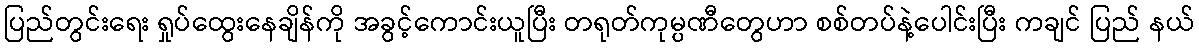
ပြည်တွင်းရေး ရှုပ်ထွေးနေချိန်ကို အခွင့်ကောင်းယူပြီး တရုတ်ကုမ္ပဏီတွေဟာ စစ်တပ်နဲ့ပေါင်းပြီး ကချင် ပြည် နယ်